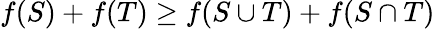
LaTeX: f(S)+f(T)\geq f(S\cup T)+f(S\cap T)